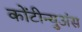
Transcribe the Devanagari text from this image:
कोंटीन्युअंस